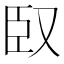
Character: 臤